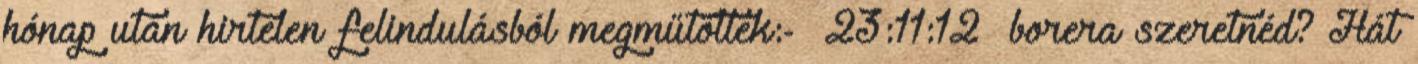
hónap után hirtelen felindulásból megműtöttek:- 23:11:12 borera szeretnéd? Hát